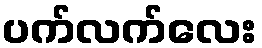
ပက်လက်လေး